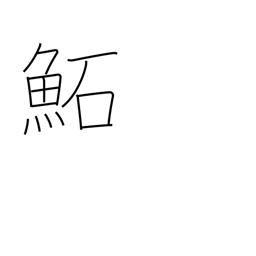
Meaning: (kokuji)